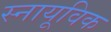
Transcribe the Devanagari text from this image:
स्नायूविक